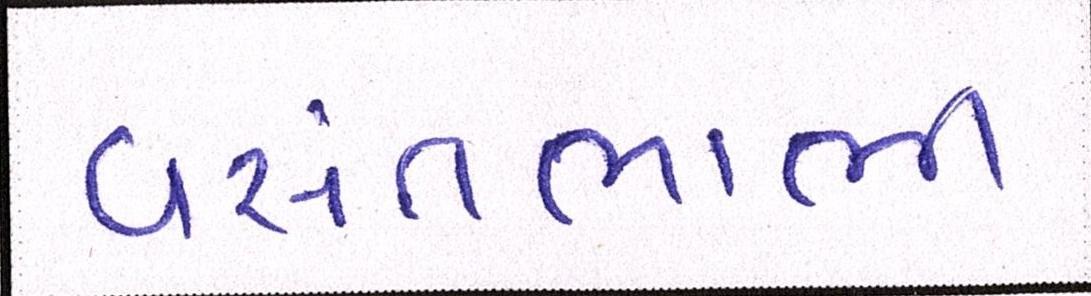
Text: વસંતભાભી